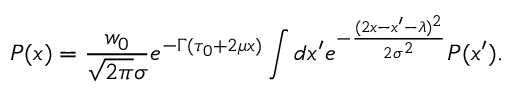
P ( x ) = { \frac { w _ { 0 } } { \sqrt { 2 \pi } \sigma } } e ^ { - \Gamma ( \tau _ { 0 } + 2 \mu x ) } \int d x ^ { \prime } e ^ { - { \frac { ( 2 x - x ^ { \prime } - \lambda ) ^ { 2 } } { 2 \sigma ^ { 2 } } } } P ( x ^ { \prime } ) .